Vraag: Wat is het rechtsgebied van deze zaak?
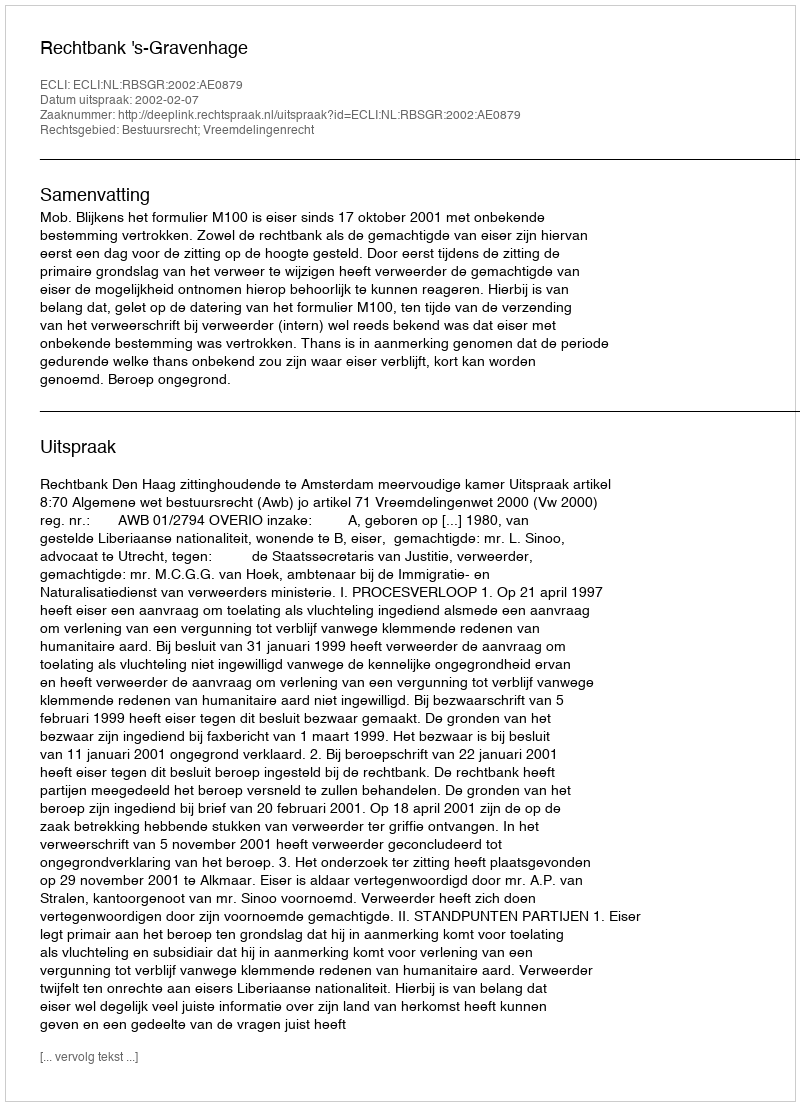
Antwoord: Bestuursrecht; Vreemdelingenrecht